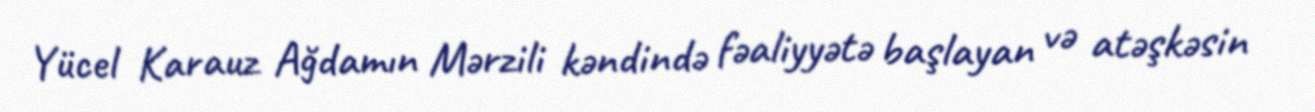
Yücel Karauz Ağdamın Mərzili kəndində fəaliyyətə başlayan və atəşkəsin